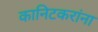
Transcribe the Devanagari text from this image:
कानिटकरांना